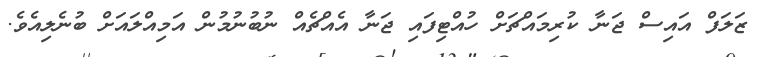
ޒަލަފް އައިސް ޖަނާ ކުރިމައްޗަށް ހުއްޓިފައި ޖަނާ އެއްޗެއް ނުބުނުމުން އަމިއްލައަށް ބުނެލިއެވެ.